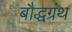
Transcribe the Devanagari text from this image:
बौद्धग्रंथ